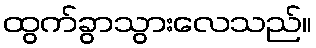
ထွက်ခွာသွားလေသည်။